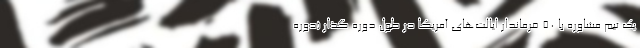
یک تیم مشاوره با 50 فرماندار ایالت‌های آمریکا در طول دوره گذار (دوره